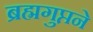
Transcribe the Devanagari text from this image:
ब्रह्मगुप्तने